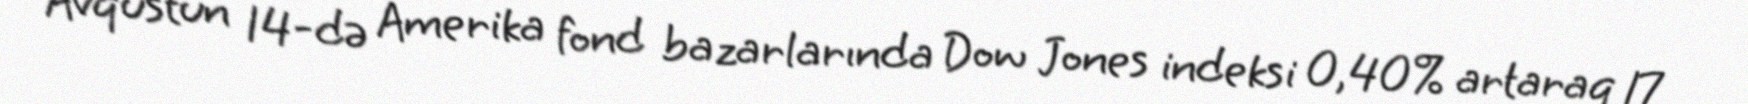
Avqustun 14-də Amerika fond bazarlarında Dow Jones indeksi 0,40% artaraq 17